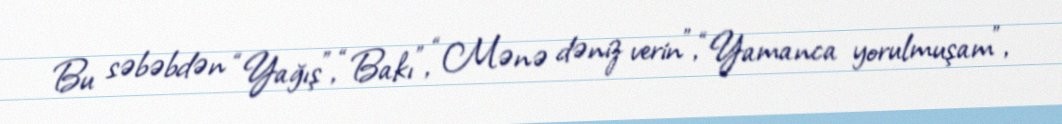
Bu səbəbdən “Yağış”, “Bakı”, “Mənə dəniz verin”, “Yamanca yorulmuşam”,